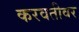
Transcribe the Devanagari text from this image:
करवतीवर